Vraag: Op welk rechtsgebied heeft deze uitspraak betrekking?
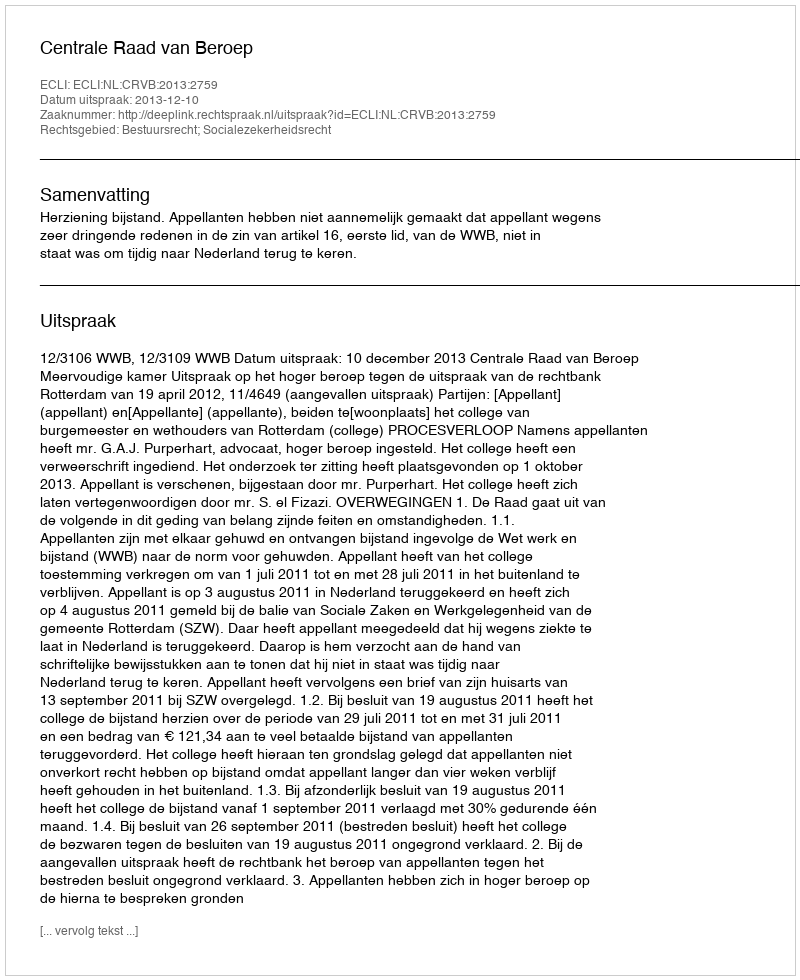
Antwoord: Bestuursrecht; Socialezekerheidsrecht